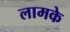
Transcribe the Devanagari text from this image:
लामके